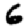
Digit: 6